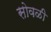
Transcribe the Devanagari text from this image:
सोवळी